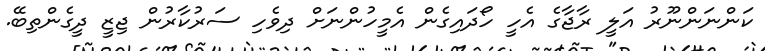
ކަންނަންނޫރު އަލީ ރާޖާގެ އެހީ ހޯދައިގެން އެމީހުންނަށް ދިވެހި ސަރުކާރުން ޖިޒީ ދީގެންތިބޭ.